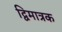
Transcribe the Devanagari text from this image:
द्विमात्रक